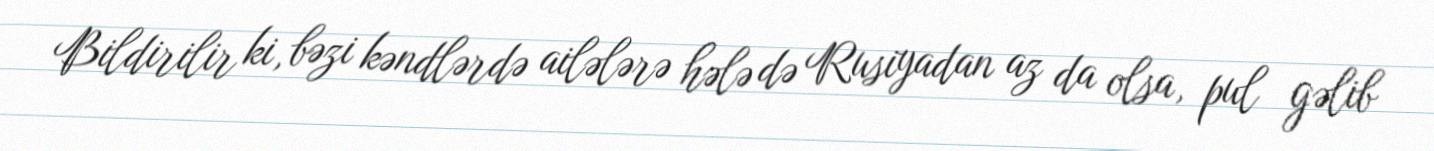
Bildirilir ki, bəzi kəndlərdə ailələrə hələ də Rusiyadan az da olsa, pul gəlib